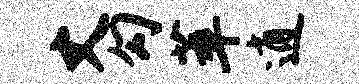
丈勾萃逍